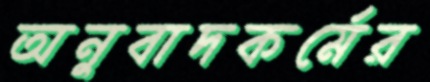
অনুবাদকর্মের